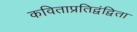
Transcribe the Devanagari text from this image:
कविताप्रतिद्वंद्विता